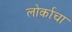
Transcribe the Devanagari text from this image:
लोर्काचा